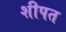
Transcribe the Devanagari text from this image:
शीपत